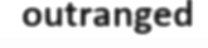
outranged